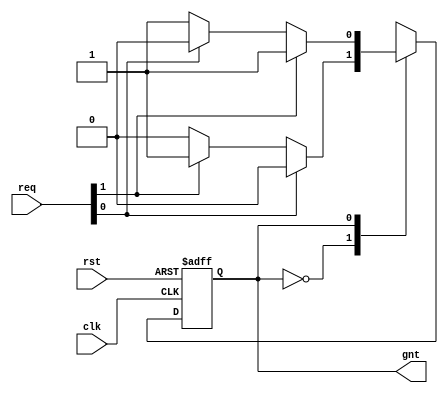
module wb_conbus_arb(
						clk, 
						rst, 
						req, 
						gnt
);

	input				clk;
	input				rst;
	input	[ 1: 0]		req;		// Req input
	output				gnt; 		// Grant output
	//input		next;		// Next Target

	///////////////////////////////////////////////////////////////////////
	//
	// Parameters
	//


	parameter	      	grant0 = 1'h0,
	                	grant1 = 1'h1;
	            

	///////////////////////////////////////////////////////////////////////
	//
	// Local Registers and Wires
	//

	reg 				state = 0, next_state = 0;

	///////////////////////////////////////////////////////////////////////
	//
	//  Misc Logic 
	//

	assign	gnt = state;

	always@(posedge clk or posedge rst)
		if(rst)		state <= #1 grant0;
		else		state <= #1 next_state;

	///////////////////////////////////////////////////////////////////////
	//
	// Next State Logic
	//   - implements round robin arbitration algorithm
	//   - switches grant if current req is dropped or next is asserted
	//   - parks at last grant
	//

	always@(state or req ) begin
		next_state = state;	// Default Keep State
		case(state)		// synopsys parallel_case full_case
	 	   grant0:
			// if this req is dropped or next is asserted, check for other req's
			if(!req[0] )
			   begin
				if(req[1])	next_state = grant1;
				/*
				else
				if(req[2])	next_state = grant2;
				else
				if(req[3])	next_state = grant3;
				else
				if(req[4])	next_state = grant4;
				else
				if(req[5])	next_state = grant5;
				else
				if(req[6])	next_state = grant6;
				else
				if(req[7])	next_state = grant7;
				*/
			   end
	 	   grant1:
			// if this req is dropped or next is asserted, check for other req's
			if(!req[1] ) begin
			    /*
				if(req[2])	next_state = grant2;
				else
				if(req[3])	next_state = grant3;
				else
				if(req[4])	next_state = grant4;
				else
				if(req[5])	next_state = grant5;
				else
				if(req[6])	next_state = grant6;
				else
				if(req[7])	next_state = grant7;
				else
				*/
				if(req[0])	next_state = grant0;
			end
			/*
	 	   	grant2:
			// if this req is dropped or next is asserted, check for other req's
			if(!req[2] ) begin
				if(req[3])	next_state = grant3;
				else
				if(req[4])	next_state = grant4;
				else
				if(req[5])	next_state = grant5;
				else
				if(req[6])	next_state = grant6;
				else
				if(req[7])	next_state = grant7;
				else
				if(req[0])	next_state = grant0;
				else
				if(req[1])	next_state = grant1;
			end
	 	    grant3:
			// if this req is dropped or next is asserted, check for other req's
			if(!req[3] ) begin
				if(req[4])	next_state = grant4;
				else
				if(req[5])	next_state = grant5;
				else
				if(req[6])	next_state = grant6;
				else
				if(req[7])	next_state = grant7;
				else
				if(req[0])	next_state = grant0;
				else
				if(req[1])	next_state = grant1;
				else
				if(req[2])	next_state = grant2;
			end
	 	    grant4:
			// if this req is dropped or next is asserted, check for other req's
			if(!req[4] ) begin
				if(req[5])	next_state = grant5;
				else
				if(req[6])	next_state = grant6;
				else
				if(req[7])	next_state = grant7;
				else
				if(req[0])	next_state = grant0;
				else
				if(req[1])	next_state = grant1;
				else
				if(req[2])	next_state = grant2;
				else
				if(req[3])	next_state = grant3;
			end
	 	   	grant5:
			// if this req is dropped or next is asserted, check for other req's
			if(!req[5] ) begin
				if(req[6])	next_state = grant6;
				else
				if(req[7])	next_state = grant7;
				else
				if(req[0])	next_state = grant0;
				else
				if(req[1])	next_state = grant1;
				else
				if(req[2])	next_state = grant2;
				else
				if(req[3])	next_state = grant3;
				else
				if(req[4])	next_state = grant4;
			end
	 	   	grant6:
			// if this req is dropped or next is asserted, check for other req's
			if(!req[6] ) begin
				if(req[7])	next_state = grant7;
				else
				if(req[0])	next_state = grant0;
				else
				if(req[1])	next_state = grant1;
				else
				if(req[2])	next_state = grant2;
				else
				if(req[3])	next_state = grant3;
				else
				if(req[4])	next_state = grant4;
				else
				if(req[5])	next_state = grant5;
			end
	 	   	grant7:
			// if this req is dropped or next is asserted, check for other req's
			if(!req[7] ) begin
				if(req[0])	next_state = grant0;
				else
				if(req[1])	next_state = grant1;
				else
				if(req[2])	next_state = grant2;
				else
				if(req[3])	next_state = grant3;
				else
				if(req[4])	next_state = grant4;
				else
				if(req[5])	next_state = grant5;
				else
				if(req[6])	next_state = grant6;
			end*/
		endcase
	end

endmodule